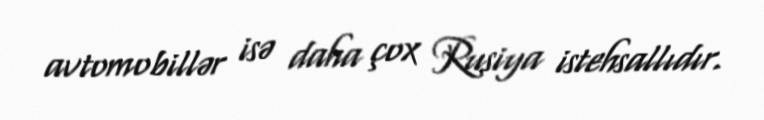
avtomobillər isə daha çox Rusiya istehsallıdır.